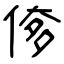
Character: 偧